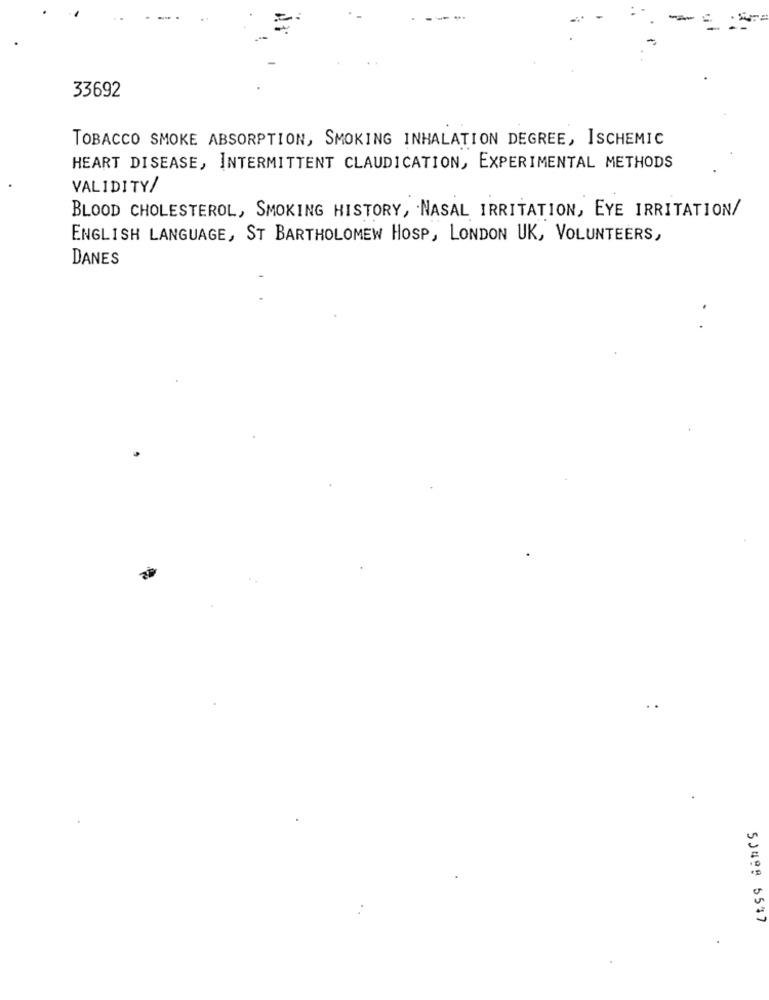
33692
TOBACCO SMOKE ABSORPTION, SMOKING INHALATION DEGREE, ISCHEMIC
HEART DISEASE, INTERMITTENT CLAUDICATION, EXPERIMENTAL METHODS
VALIDITY/
BLOOD CHOLESTEROL, SMOKING HISTORY, NASAL IRRITATION, EYE IRRITATION/
ENGLISH LANGUAGE, ST BARTHOLOMEW HOSP, LONDON UK, VOLUNTEERS,
DANES
53499 5547